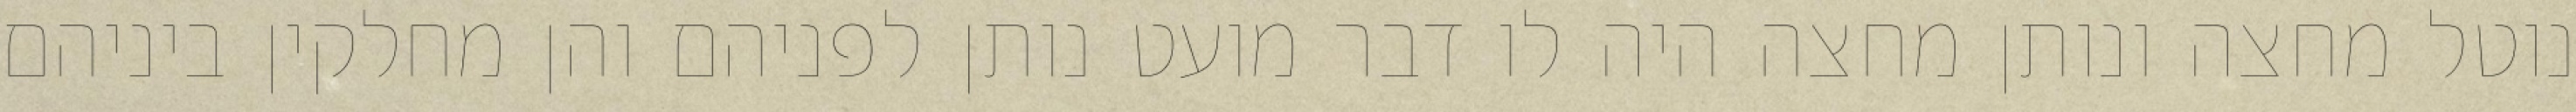
נוטל מחצה ונותן מחצה היה לו דבר מועט נותן לפניהם והן מחלקין ביניהם